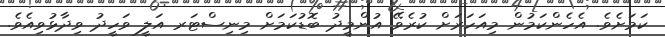
ކަމަށެވެ. އެހެންކަމުން މިއަހަރަށް ކުރެވޭ އުންމީދު ބޮޑުކަމަށް މިނިސްޓަރ އަލީ ވަހީދު ވިދާޅުވިއެވެ.